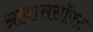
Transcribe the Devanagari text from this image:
आवाससॉफ्ट